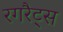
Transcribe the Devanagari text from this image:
रगरैट्स